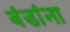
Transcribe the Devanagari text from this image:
बंडांना